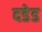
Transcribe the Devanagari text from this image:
दडेड